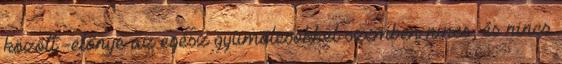
között -előnye az egész gyümölcsökkel szemben nincs, és nincs